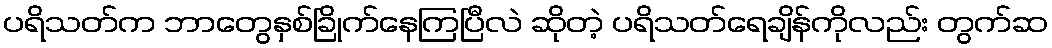
ပရိသတ်က ဘာတွေနှစ်ခြိုက်နေကြပြီလဲ ဆိုတဲ့ ပရိသတ်ရေချိန်ကိုလည်း တွက်ဆ